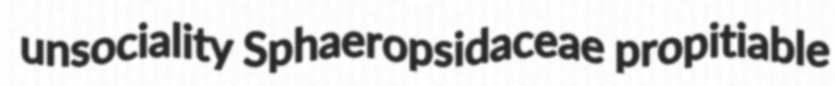
unsociality Sphaeropsidaceae propitiable